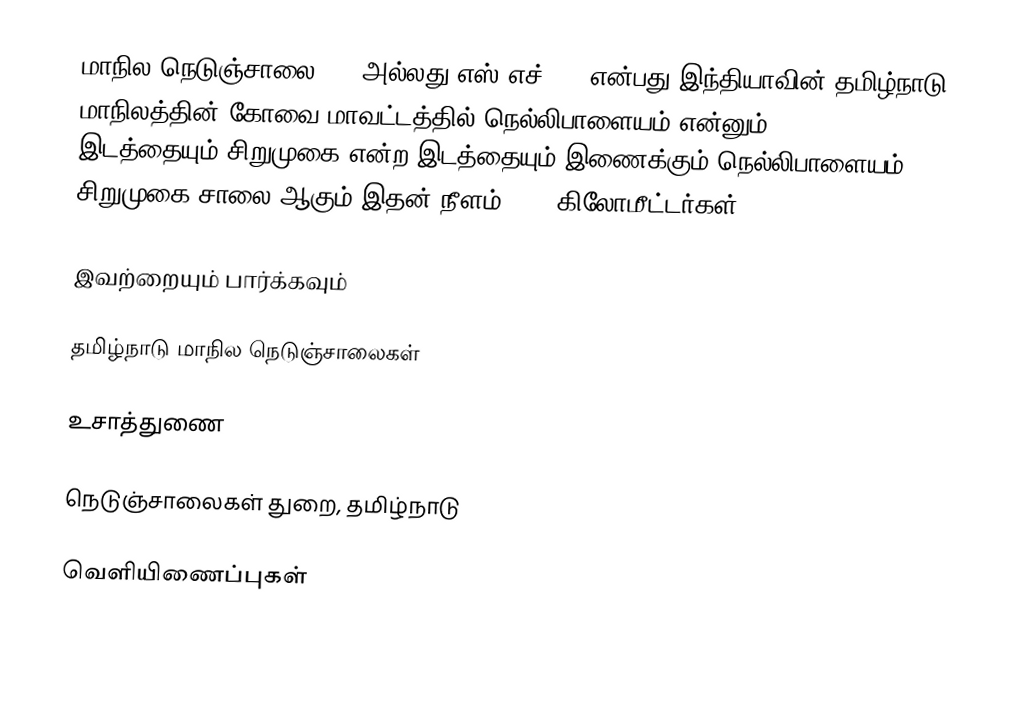
மாநில நெடுஞ்சாலை 170 அல்லது எஸ்.எச்-170  என்பது,இந்தியாவின் தமிழ்நாடு மாநிலத்தின்  கோவை மாவட்டத்தில்  நெல்லிபாளையம்  என்னும் இடத்தையும்,சிறுமுகை  என்ற இடத்தையும் இணைக்கும் நெல்லிபாளையம் - சிறுமுகை சாலை ஆகும்.இதன் நீளம் 17.8  கிலோமீட்டர்கள் .

இவற்றையும் பார்க்கவும்

 தமிழ்நாடு மாநில நெடுஞ்சாலைகள்

உசாத்துணை

 நெடுஞ்சாலைகள் துறை, தமிழ்நாடு

வெளியிணைப்புகள்